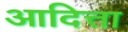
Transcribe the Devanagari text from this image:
आदित्ता